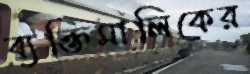
ব্যক্তিমালিকের